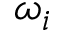
\omega _ { i }